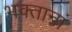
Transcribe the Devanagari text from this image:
भक्तानां